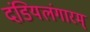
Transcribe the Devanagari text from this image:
दंडियलंगारम्